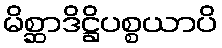
မိစ္ဆာဒိဋ္ဌိပစ္စယာပိ